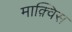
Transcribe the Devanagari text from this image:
माक़्विस